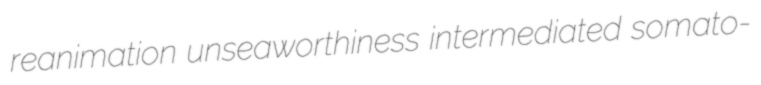
reanimation unseaworthiness intermediated somato-